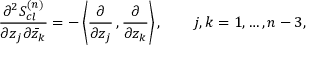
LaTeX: { \frac { \partial ^ { 2 } S _ { c l } ^ { ( n ) } } { \partial z _ { j } \partial { \bar { z } _ { k } } } } = - \left\langle { \frac { \partial } { \partial z _ { j } } } \, , { \frac { \partial } { \partial z _ { k } } } \right\rangle , \qquad j , k = 1 , \ldots , n - 3 ,